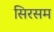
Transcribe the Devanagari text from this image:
सिरसम